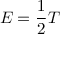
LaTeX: E = { \frac { 1 } { 2 } } T